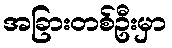
အခြားတစ်ဦးမှာ